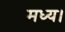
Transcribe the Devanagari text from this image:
मध्य।